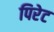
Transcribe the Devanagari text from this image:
पिरेट